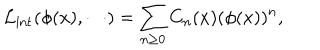
LaTeX: { \cal L } _ { \mathrm { i n t } } ( \phi ( x ) , \cdots ) = \sum _ { n \geq 0 } C _ { n } ( x ) ( \phi ( x ) ) ^ { n } ,